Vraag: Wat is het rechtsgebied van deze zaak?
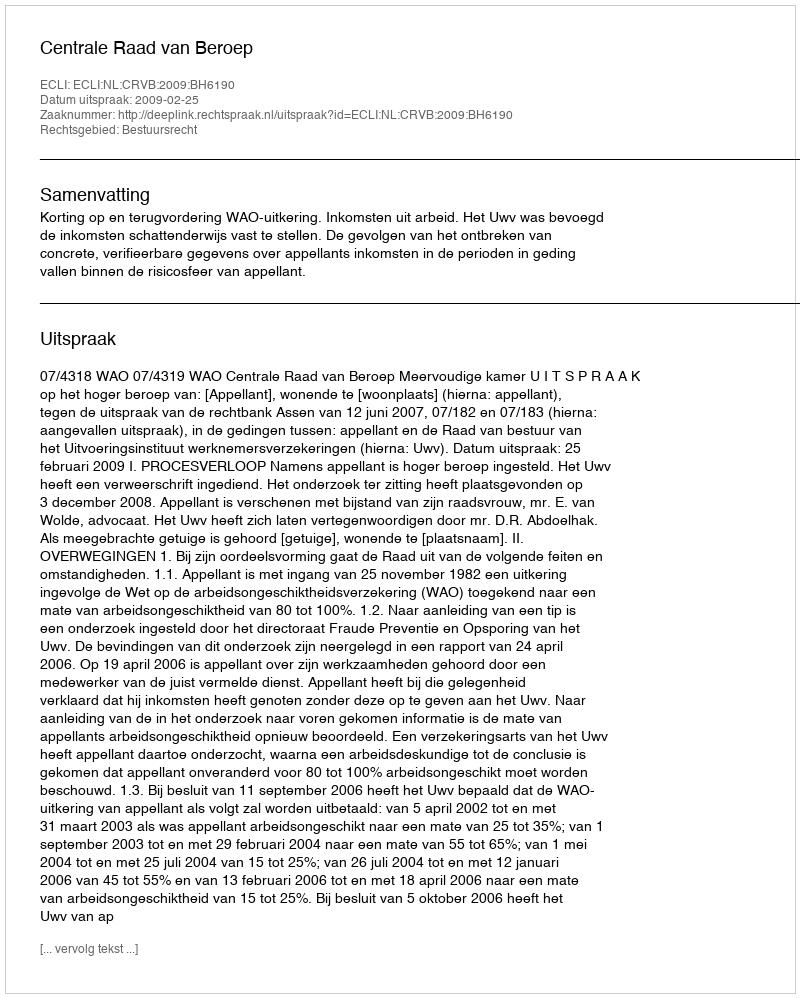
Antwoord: Bestuursrecht